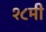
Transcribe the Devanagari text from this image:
१८मी